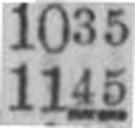
1145